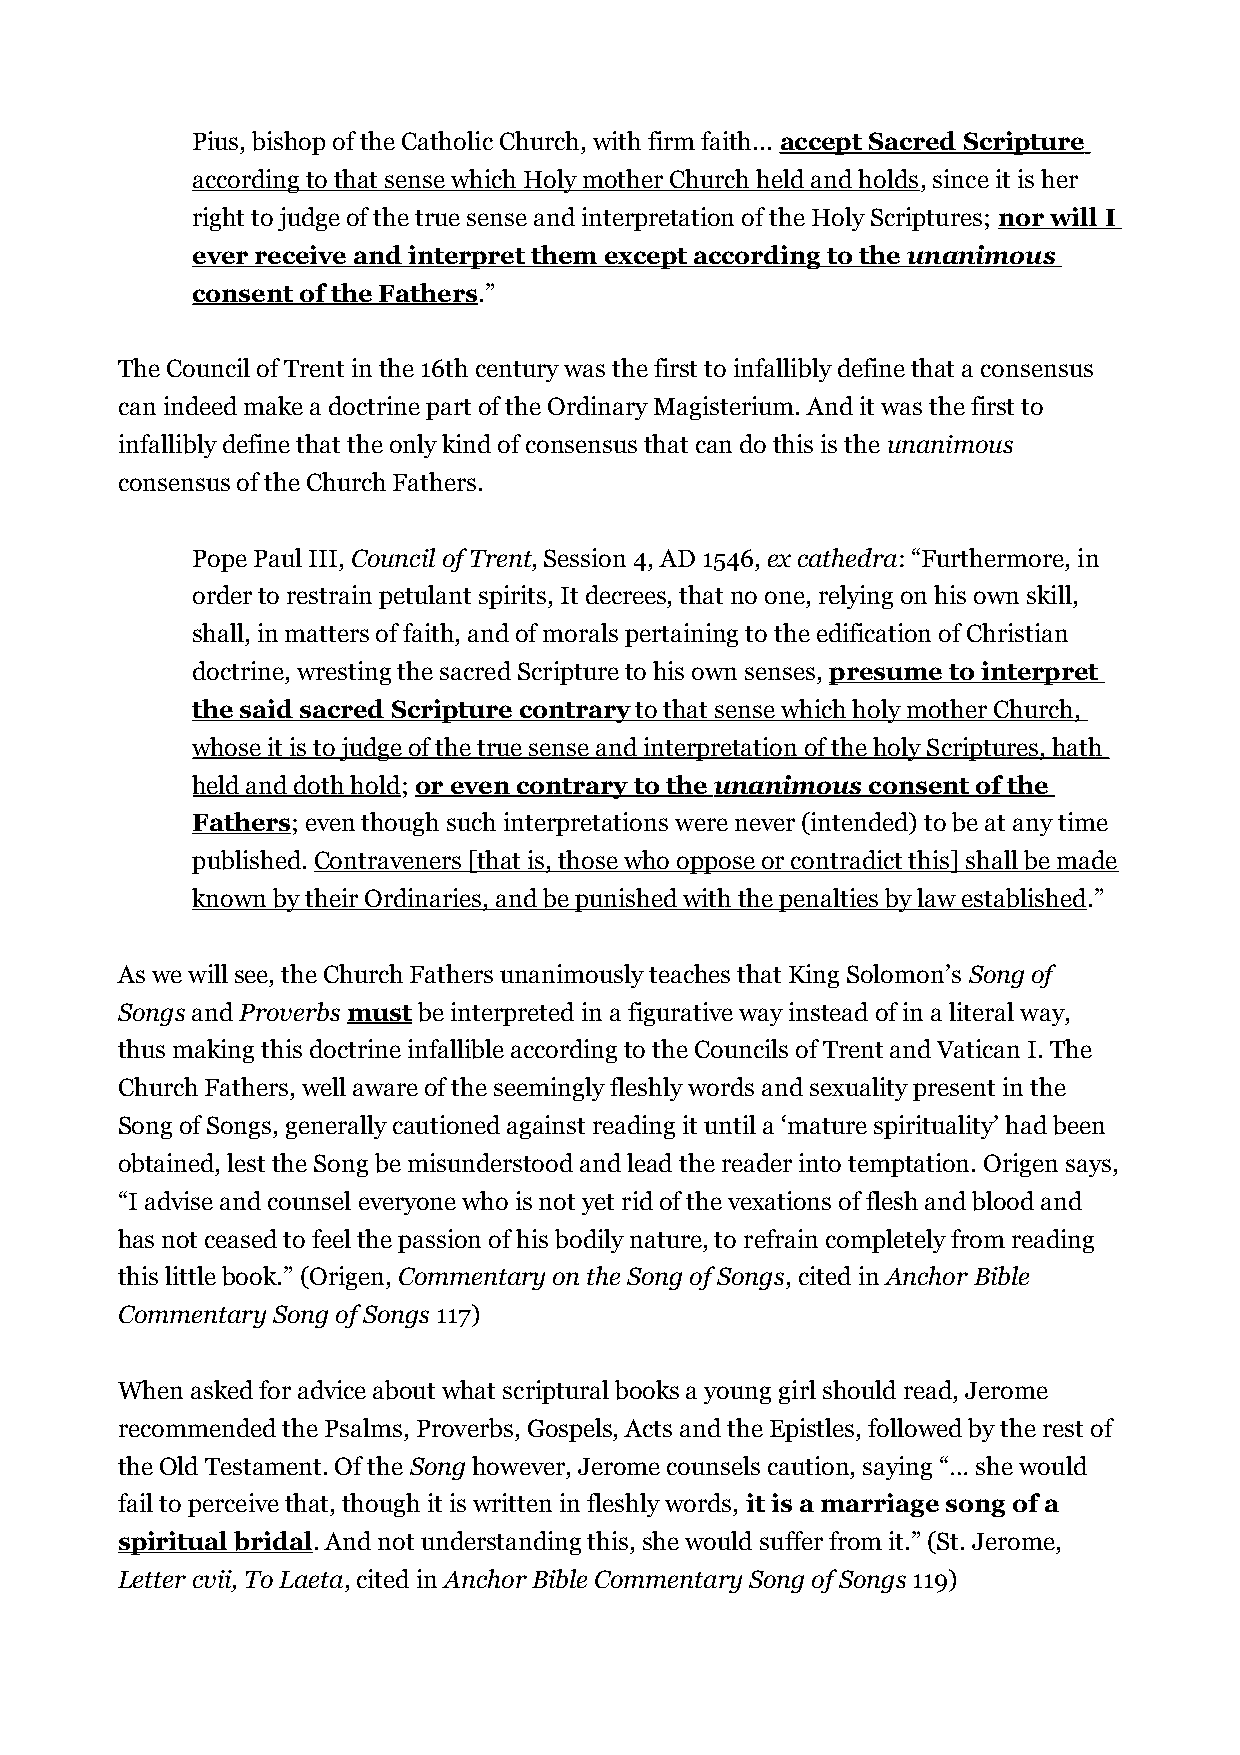
Pius, bishop of the Catholic Church, with firm faith... accept Sacred Scripture
 according to that sense which Holy mother Church held and holds, since it is her
 right to judge of the true sense and interpretation of the Holy Scriptures; nor will I
 ever receive and interpret them except according to the unanimous
 consent of the Fathers.”
 The Council of Trent in the 16th century was the first to infallibly define that a consensus
 can indeed make a doctrine part of the Ordinary Magisterium. And it was the first to
 infallibly define that the only kind of consensus that can do this is the unanimous
 consensus of the Church Fathers.
 Pope Paul III, Council of Trent, Session 4, AD 1546, ex cathedra: “Furthermore, in
 order to restrain petulant spirits, It decrees, that no one, relying on his own skill,
 shall, in matters of faith, and of morals pertaining to the edification of Christian
 doctrine, wresting the sacred Scripture to his own senses, presume to interpret
 the said sacred Scripture contrary to that sense which holy mother Church,
 whose it is to judge of the true sense and interpretation of the holy Scriptures, hath
 held and doth hold; or even contrary to the unanimous consent of the
 Fathers; even though such interpretations were never (intended) to be at any time
 published. Contraveners [that is, those who oppose or contradict this] shall be made
 known by their Ordinaries, and be punished with the penalties by law established.”
 As we will see, the Church Fathers unanimously teaches that King Solomon’s Song of
 Songs and Proverbs must be interpreted in a figurative way instead of in a literal way,
 thus making this doctrine infallible according to the Councils of Trent and Vatican I. The
 Church Fathers, well aware of the seemingly fleshly words and sexuality present in the
 Song of Songs, generally cautioned against reading it until a ‘mature spirituality’ had been
 obtained, lest the Song be misunderstood and lead the reader into temptation. Origen says,
 “I advise and counsel everyone who is not yet rid of the vexations of flesh and blood and
 has not ceased to feel the passion of his bodily nature, to refrain completely from reading
 this little book.” (Origen, Commentary on the Song of Songs, cited in Anchor Bible
 Commentary Song of Songs 117)
 When asked for advice about what scriptural books a young girl should read, Jerome
 recommended the Psalms, Proverbs, Gospels, Acts and the Epistles, followed by the rest of
 the Old Testament. Of the Song however, Jerome counsels caution, saying “… she would
 fail to perceive that, though it is written in fleshly words, it is a marriage song of a
 spiritual bridal. And not understanding this, she would suffer from it.” (St. Jerome,
 Letter cvii, To Laeta, cited in Anchor Bible Commentary Song of Songs 119)